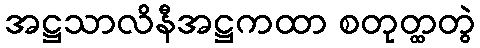
အဋ္ဌသာလိနီအဋ္ဌကထာ စတုတ္ထတွဲ